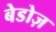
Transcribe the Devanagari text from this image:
बेडोज़